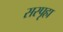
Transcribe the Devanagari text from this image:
सस्पृहा